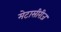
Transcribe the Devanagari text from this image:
मेटासीरीज